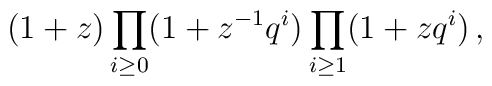
(1+z)\prod_{i\geq0}(1+z^{-1}q^i)\prod_{i\geq1}(1+zq^i) \,,